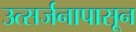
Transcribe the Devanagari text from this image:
उत्सर्जनापासून